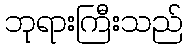
ဘုရားကြီးသည်